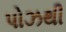
પોઝથી